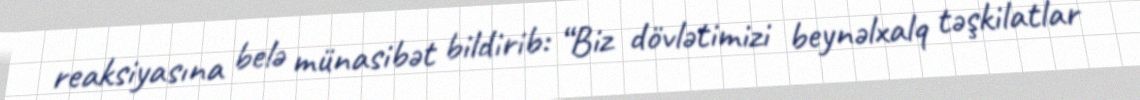
reaksiyasına belə münasibət bildirib: “Biz dövlətimizi beynəlxalq təşkilatlar